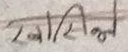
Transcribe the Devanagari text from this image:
सर्ती भत्ने